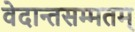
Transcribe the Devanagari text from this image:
वेदान्तसम्मतम्